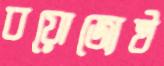
বয়োজ্যেষ্ঠ